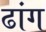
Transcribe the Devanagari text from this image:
ढांग